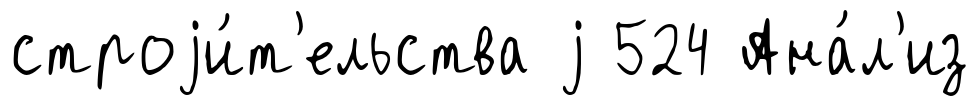
строjи́т'ельства j 524 Ана́л'из